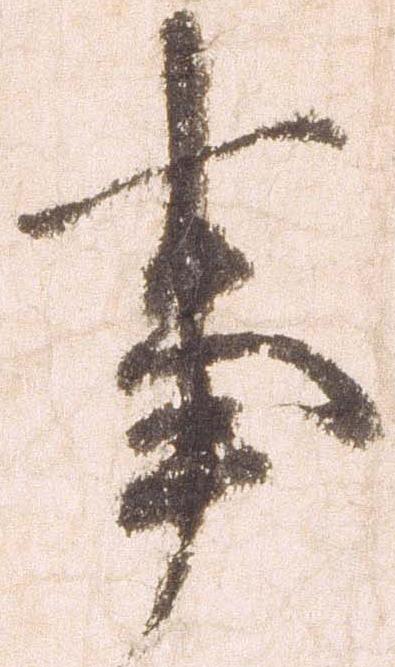
事